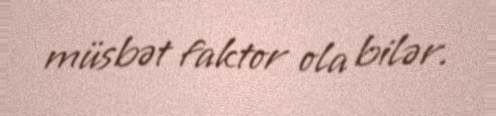
müsbət faktor ola bilər.